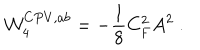
LaTeX: { \cal W } _ { 4 } ^ { C P V , a b } = - { \frac { 1 } { 8 } } C _ { F } ^ { 2 } A ^ { 2 } \ .